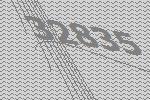
32835